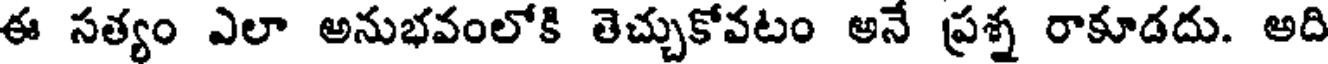
ఈ సత్యం ఎలా అనుభవంలోకి తెచ్చుకోవటం అనే ప్రశ్న రాకూడదు. అది